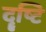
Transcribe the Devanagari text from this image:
दॄ्ष्टि